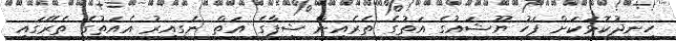
ހިނދުކޮޅަކަށް ފަހު ޔޫޝައުގެ އަތުގެ ތެރެއިން ޝިފާގެ އަތް ނެގިއިރު އެއަތުގެ ތެރޭގައި